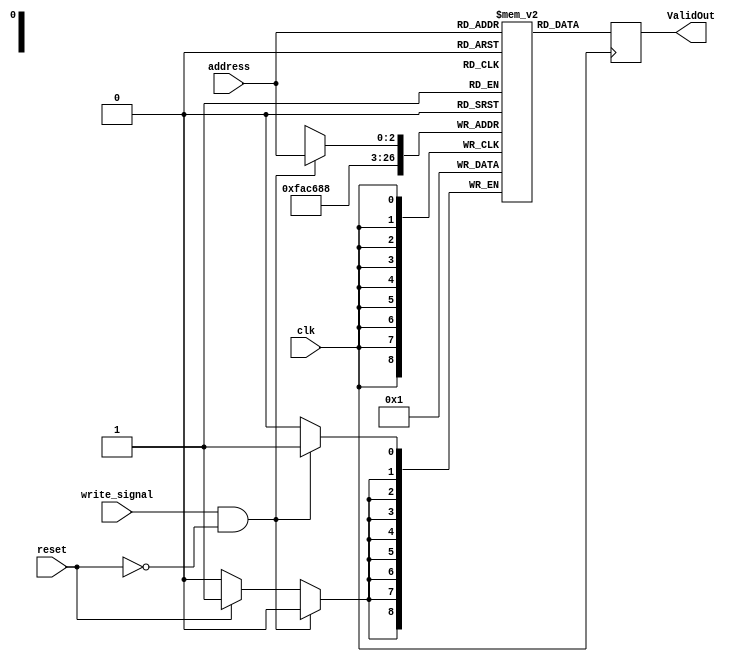
 module ValidRam(address,ValidOut,write_signal,reset,clk);
	parameter index = 3;
	parameter cachesize = 8;
	input[index-1:0] address;
	input write_signal;
	input reset;
	input clk;
	output ValidOut;
	integer i;
	reg ValidOut;
	reg Validbits[cachesize-1:0];
	always@(posedge clk)       // write
		begin
			if(write_signal==1&&reset==0)
				Validbits[address] = 1;
			else if(reset==1)
			begin
					for(i=0;i<cachesize;i++)
							Validbits[i] = 0;
			end
		end
	always@(negedge clk)	  // read
		begin
			ValidOut = Validbits[address];
		end
endmodule